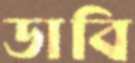
ডাবি